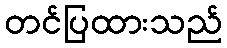
တင်ပြထားသည်